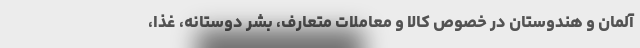
آلمان و هندوستان در خصوص کالا و معاملات متعارف، بشر دوستانه، غذا،